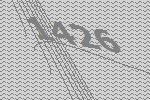
1426